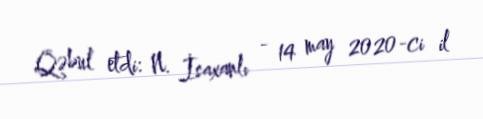
Qəbul etdi: N. İsaxanlı - 14 may 2020-ci il